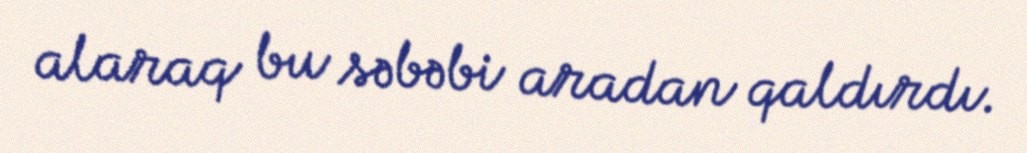
alaraq bu səbəbi aradan qaldırdı.